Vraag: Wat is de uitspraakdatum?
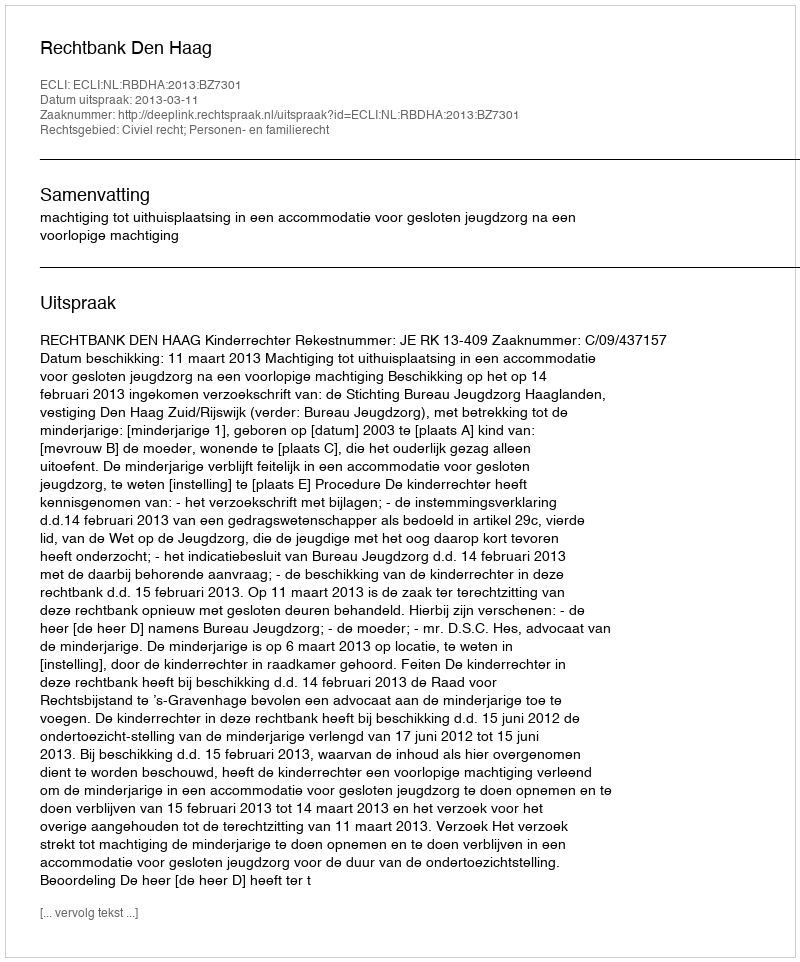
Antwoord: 2013-03-11